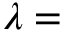
\lambda =